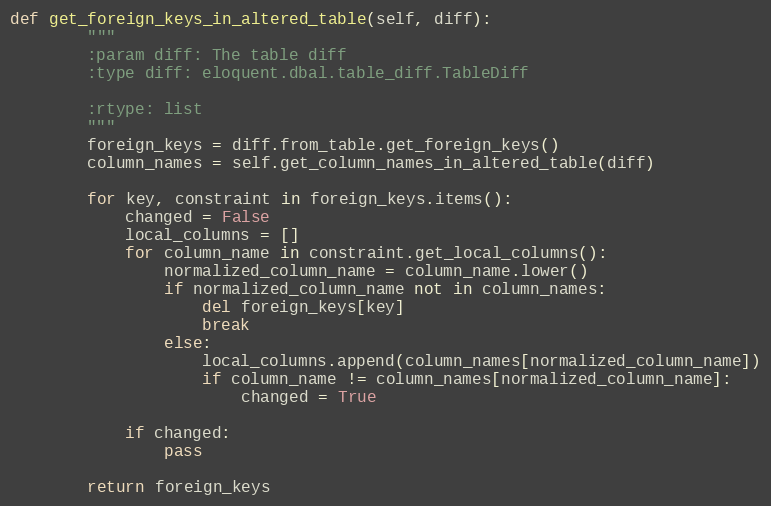
Language: Python
def get_foreign_keys_in_altered_table(self, diff):
        """
        :param diff: The table diff
        :type diff: eloquent.dbal.table_diff.TableDiff

        :rtype: list
        """
        foreign_keys = diff.from_table.get_foreign_keys()
        column_names = self.get_column_names_in_altered_table(diff)

        for key, constraint in foreign_keys.items():
            changed = False
            local_columns = []
            for column_name in constraint.get_local_columns():
                normalized_column_name = column_name.lower()
                if normalized_column_name not in column_names:
                    del foreign_keys[key]
                    break
                else:
                    local_columns.append(column_names[normalized_column_name])
                    if column_name != column_names[normalized_column_name]:
                        changed = True

            if changed:
                pass

        return foreign_keys